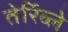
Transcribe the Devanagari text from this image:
तेर्रिब्ले